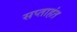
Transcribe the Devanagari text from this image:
सप्‍ताहंत